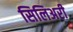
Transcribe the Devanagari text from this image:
सिलिअरी